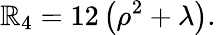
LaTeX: \mathbb{R}_{4}=12\left(\rho^{2}+\lambda\right).